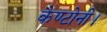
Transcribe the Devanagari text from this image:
कैण्टोनी।